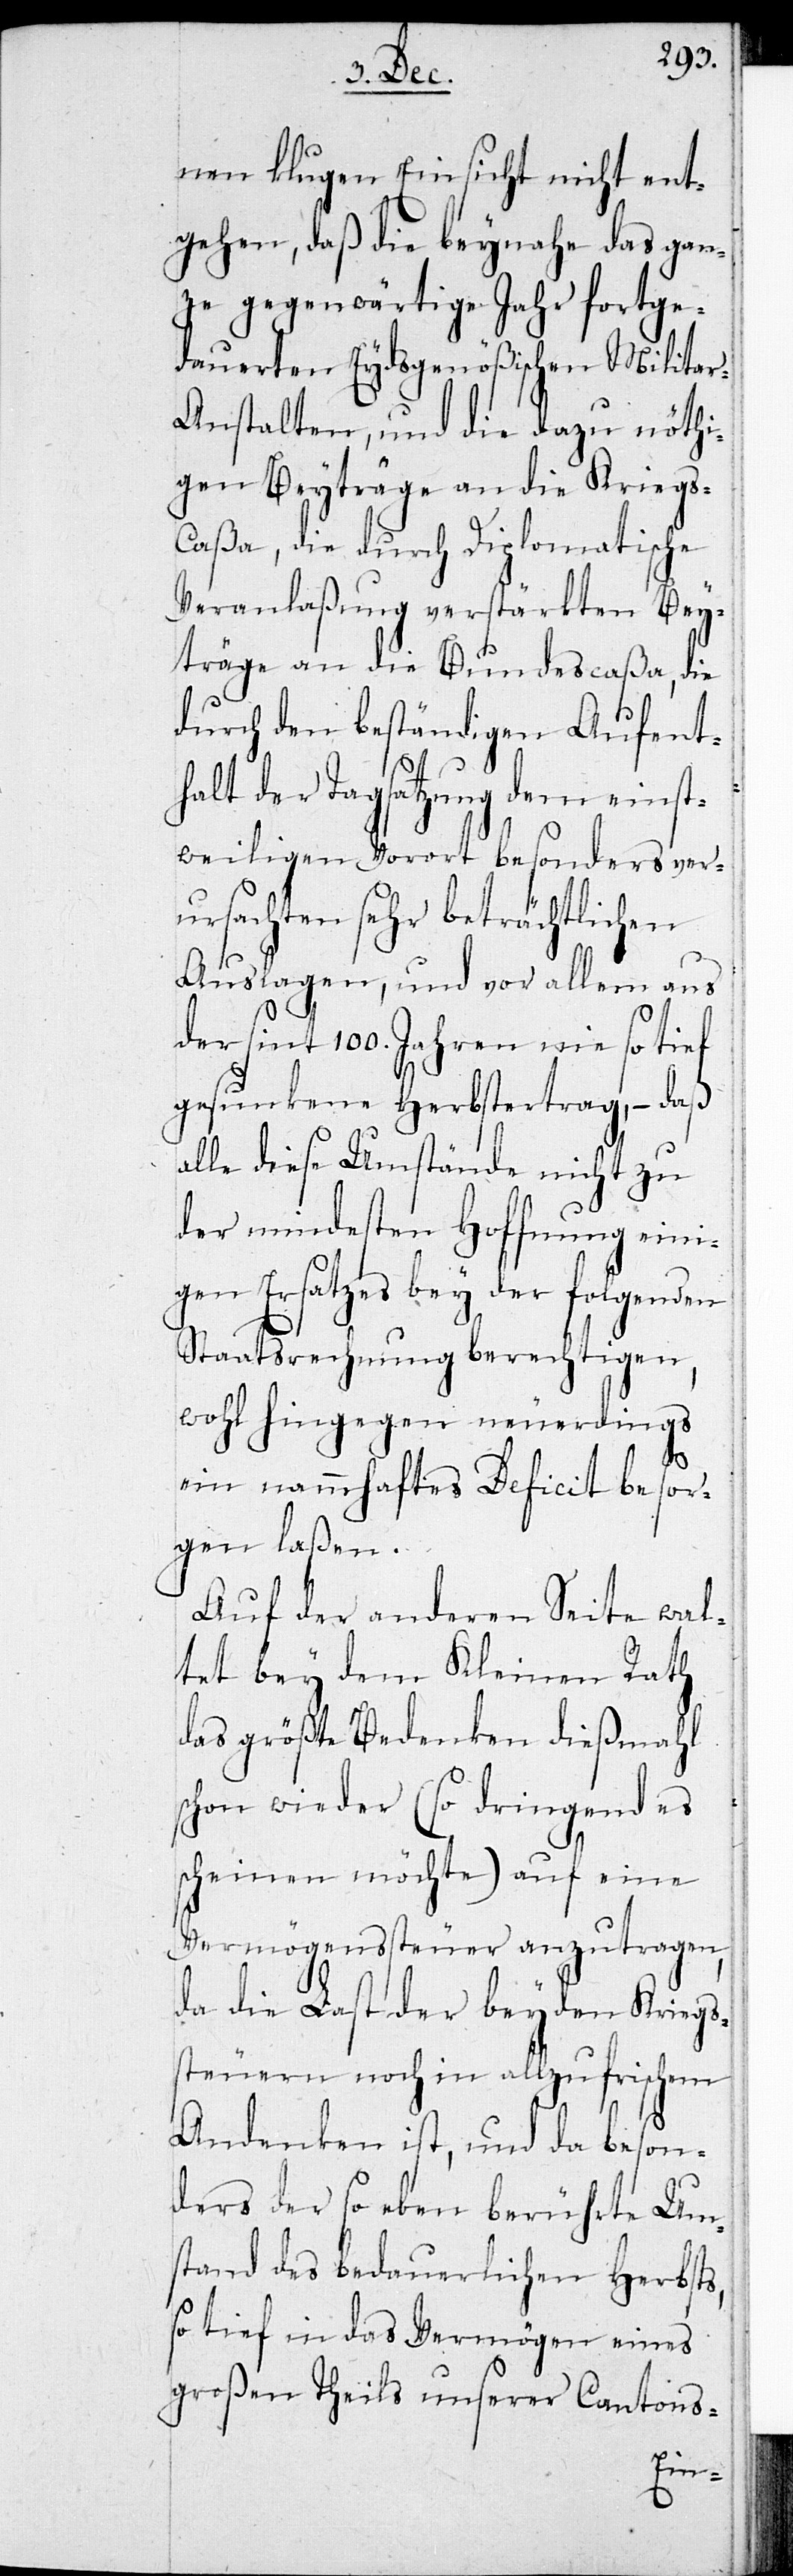
nen klugen Einsicht nicht ent¬
gehen, daß die beynahe das gan¬
ze gegenwärtige Jahr fortge¬
dauerten Eydsgenößischen Milita¬
r-Anstalten, und die dazu nöthi¬
gen Beyträge an die Krieg¬
s-Caßa, die durch Diplomatische
Veranlaßung verstärkten Bey¬
träge an die Bundescaßa, die
durch den beständigen Aufent¬
halt der Tagsatzung dem einst¬
weiligen Vorort besonders ver¬
ursachten sehr beträchtlichen
Auslagen, und vor allem aus
der sint 100. Jahren nie so tief
gesunkene Herbstertrag, – daß
alle diese Umstände nicht zu
der mindesten Hoffnung eini¬
gen Ersatzes bey der folgenden
Staatsrechnung berechtigen,
wohl hingegen neuerdings
ein namhaftes Deficit besor¬
gen laßen.
Auf der anderen Seite wal¬
tet bey dem Kleinen Rath
das größte Bedenken dießmahl
schon wieder (so dringend es
scheinen möchte) auf eine
Vermögenssteuer anzutragen,
da die Last der beyden Kriegs¬
steuern noch in allzu frischem
Andenken ist, und da beson¬
ders der so eben berührte Um¬
stand des bedauerlichen Herbsts,
so tief in das Vermögen eines
großen Theils unserer Cantons-